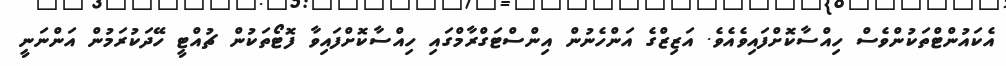
އެކައުންޓްތަކުންވެސް ހިއްސާކޮށްފައިވެއެވެ. އަޒިޒްގެ އަންހެނުން އިންސްޓަގްރާމްގައި ހިއްސާކޮށްފައިވާ ފޮޓޯތަކުން ޗުއްޓީ ހޭދަކުރަމުން އަންނަނީ